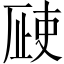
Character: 𣦆